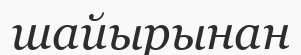
шайырынан